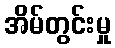
အိမ်တွင်းမှု